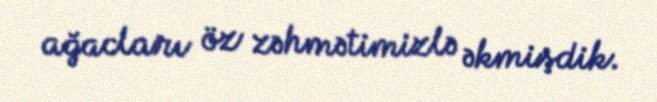
ağacları öz zəhmətimizlə əkmişdik.